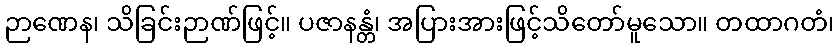
ဉာဏေန၊ သိခြင်းဉာဏ်ဖြင့်။ ပဇာနန္တံ၊ အပြားအားဖြင့်သိတော်မူသော။ တထာဂတံ၊